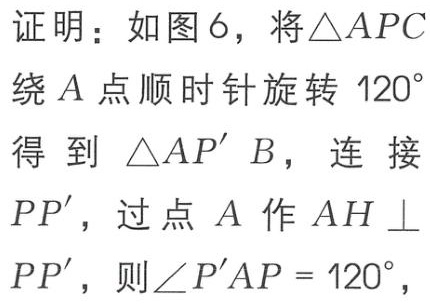
证明：如图6，将\(\triangle APC\)绕\(A\)点顺时针旋转\(120^{\circ}\)得到\(\triangle AP'B\)，连接\(PP'\)，过点\(A\)作\(AH\perp PP'\)，则\(\angle P'AP = 120^{\circ}\)，